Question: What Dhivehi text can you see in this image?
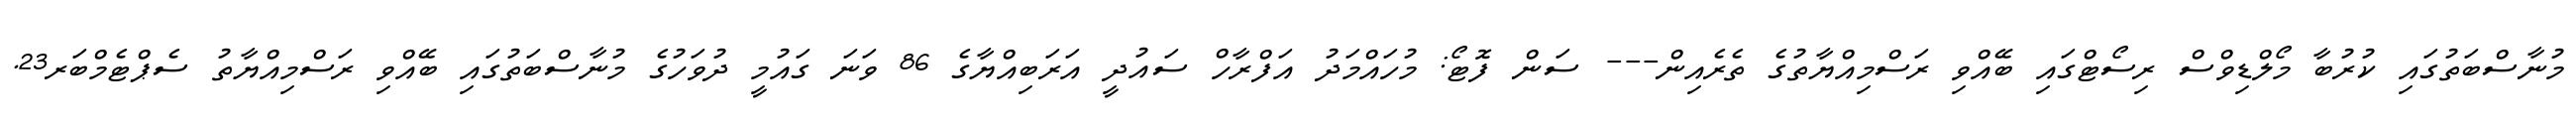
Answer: މުނާސްބަތުގައި ކުރުބާ މޯލްޑިވްސް ރިސޯޓްގައި ބޭއްވި ރަސްމިއްޔާތުގެ ތެރެއިން--- ސަން ފޮޓޯ: މުހައްމަދު އަފްރާހް ސައުދީ އަރަބިއްޔާގެ 86 ވަނަ ގައުމީ ދުވަހުގެ މުނާސްބަތުގައި ބޭއްވި ރަސްމިއްޔާތު ސެޕްޓެމްބަރ23.